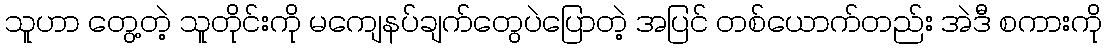
သူဟာ တွေ့တဲ့ သူတိုင်းကို မကျေနပ်ချက်တွေပဲပြောတဲ့ အပြင် တစ်ယောက်တည်း အဲဒီ စကားကို